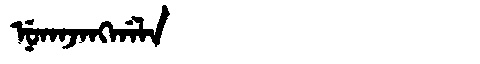
Manchu: ᠨᡠᡴᠠᠵᠠᠩᡤᠠᠯᠠ
Romanization: NUKAJANGGALA